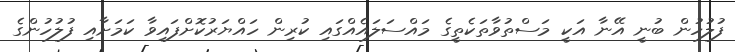
ފުލުހުން ބުނީ އޭނާ އަކީ މަސްތުވާތަކެތީގެ މައްސަލައެއްގައި ކުރިން ހައްޔަރުކޮށްފައިވާ ކަމަށާއި ފުލުހުންގެ